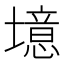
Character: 𪤥